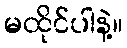
မထိုင်ပါနဲ့။